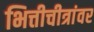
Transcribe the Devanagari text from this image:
भित्तीचीत्रांवर